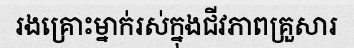
រងគ្រោះម្នាក់រស់ក្នុងជីវភាពគ្រួសារ